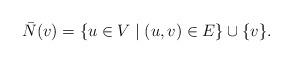
LaTeX: \begin{align*}\bar{N}(v) = \{u\in V\mid (u,v)\in E\} \cup \{v\}.\end{align*}